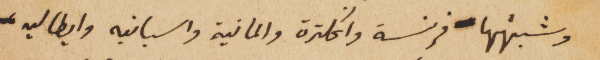
وشبهُها فرنسة وانكلترة والمانية واسبانيه وايطاليه